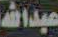
عبدالله